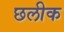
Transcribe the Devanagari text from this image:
छलीक